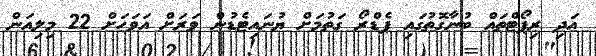
އަދި ރިޕޯޓްތައް ބުނާގޮތުގައި ޕެޑްރޯ ގަތުމަށް ޔުނައިޓެޑުން ވަރަށް އަވަހަށް 22 މިލިއަން